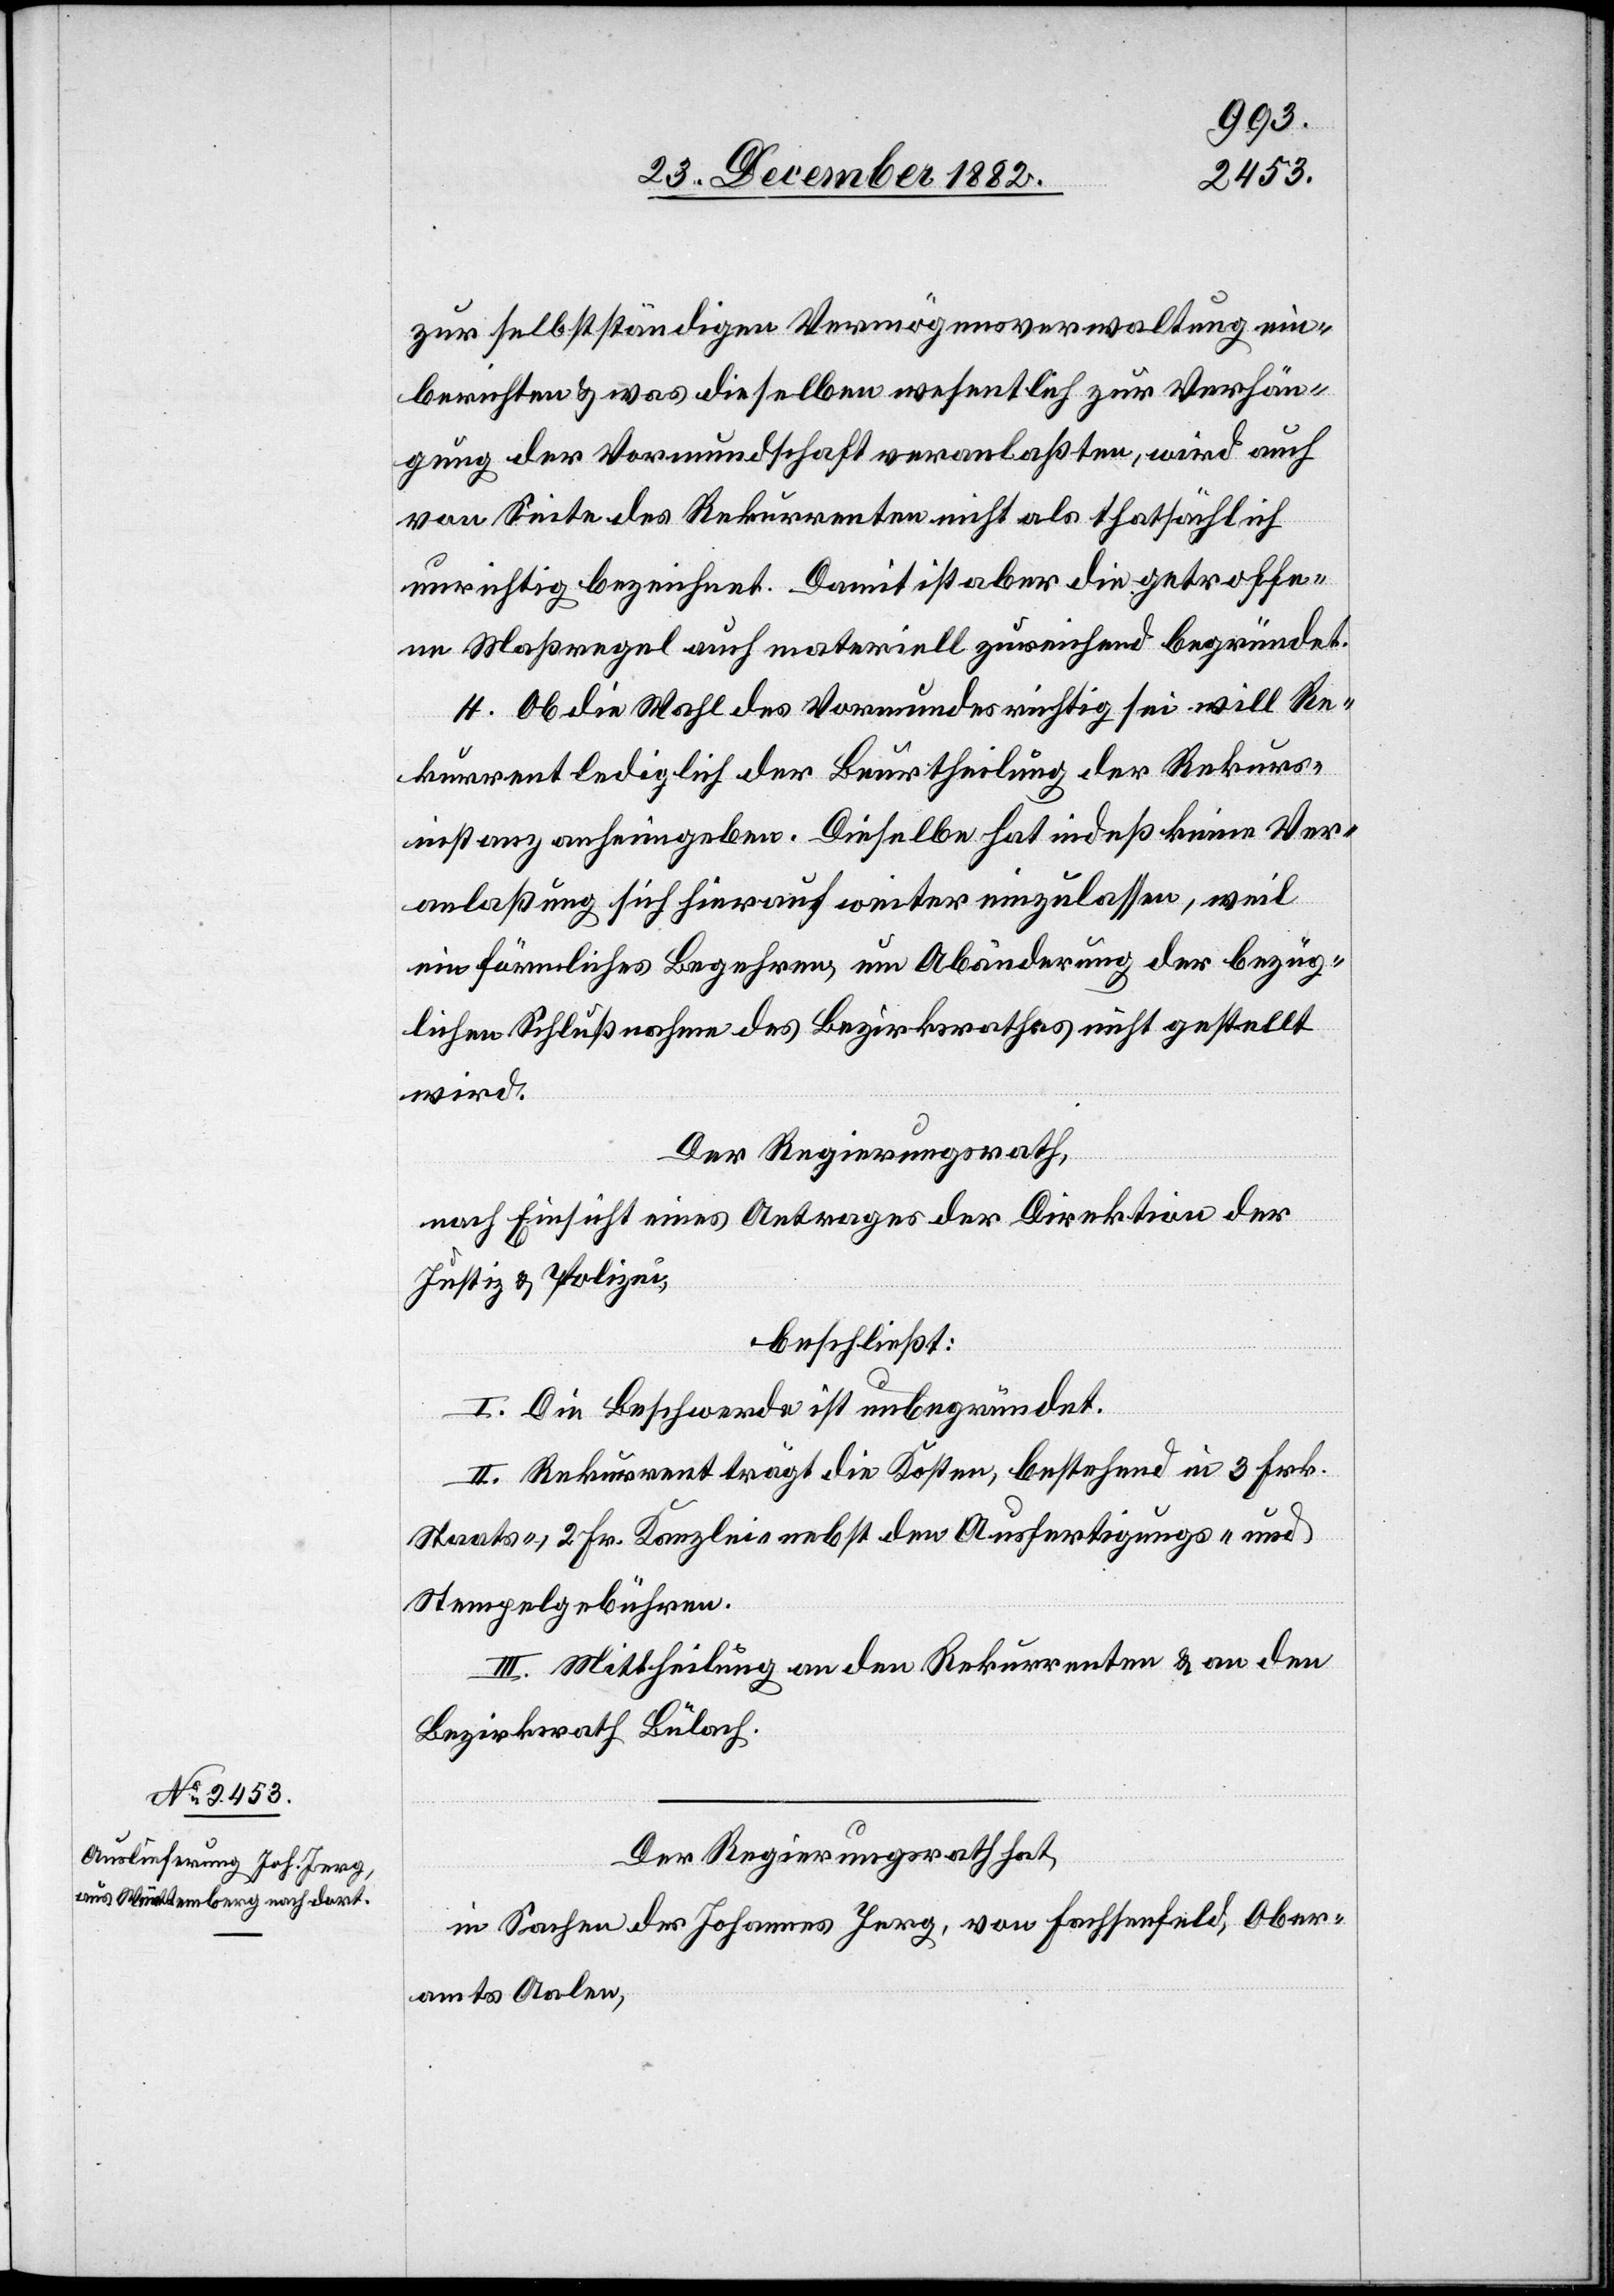
zur selbstständigen Vermögensverwaltung ein¬
berichten & was dieselben wesentlich zu Verhän¬
gung der Vormundschaft veranlaßten, wird auch
von Seite des Rekurrenten nicht als thatsächlich
unrichtig bezeichnet. Damit ist aber die getroffe¬
ne Maßregel auch materiell zureichend begründet.
4. Ob die Wahl des Vormundes richtig sei will Re¬
kurrent lediglich der Beurtheilung der Rekurs¬
instanz anheimgeben. Dieselbe hat indeß keine Ver¬
anlaßung sich hierauf weiter einzulassen, weil
ein förmliches Begehren, um Abänderung der bezüg¬
lichen Schlußnahme des Bezirksrathes nicht gestellt
wird.
Der Regierungsrath,
nach Einsicht eines Antrages der Direktion der
Justiz & Polizei,
beschließt:
I. Die Beschwerde ist unbegründet.
II. Rekurrent trägt die Kosten, bestehend in 3 Fr.
Staats-, 2 Fr. Kanzlei- nebst den Ausfertigungs- und
Stempelgebühren.
III. Mittheilung an den Rekurrenten & an den
Bezirksrath Bülach.
Der Regierungsrath hat,
in Sachen des Johannes Jerg, von Fachsenfeld, Ober¬
amts Aalen,